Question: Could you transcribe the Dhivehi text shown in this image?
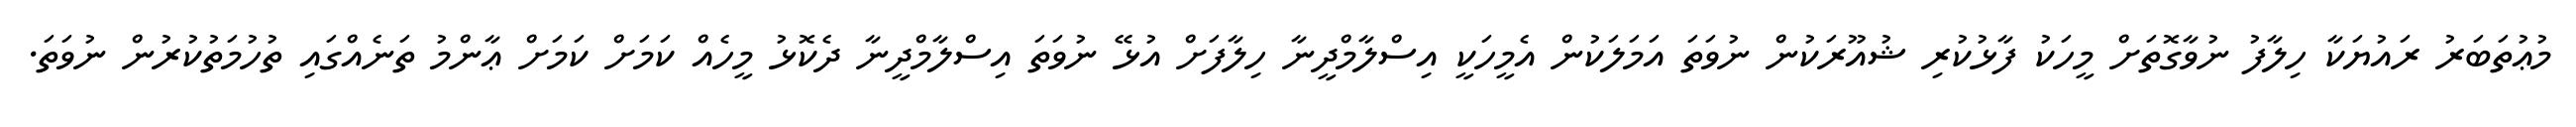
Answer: މުޢުތަބަރު ރައުޔަކާ ހިލާފު ނުވާގޮތަށް މީހަކު ފާޅުކުރި ޝުއޫރަކުން ނުވަތަ އަމަލަކުން އެމީހަކީ އިސްލާމްދީނާ ހިލާފަށް އުޅޭ ނުވަތަ އިސްލާމްދީނާ ދެކޮޅު މީހެއް ކަމަށް ކަމަށް ޢާންމު ތަނެއްގައި ތުހުމަތުކުރުން ނުވަތަ.